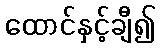
ထောင်နှင့်ချီ၍